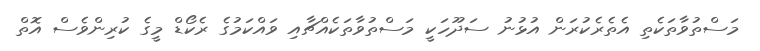
މަސްތުވާތަކެތި އެތެރެކުރަން އުޅުނު ސަދޫހަކީ މަސްތުވާތަކެއްޗާއި ވައްކަމުގެ ރެކޯޑް މީގެ ކުރިންވެސް އޮތް